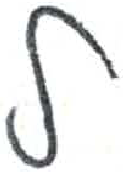
אות: ל